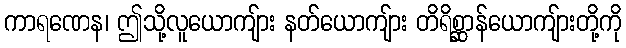
ကာရဏေန၊ ဤသို့လူယောကျ်ား နတ်ယောကျ်ား တိရိစ္ဆာန်ယောကျ်ားတို့ကို